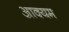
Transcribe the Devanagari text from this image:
आक्यम